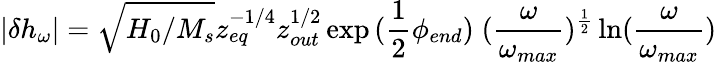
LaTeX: |\delta{h_{\omega}}|=\sqrt{H_{0}/M_{s}}z_{eq}^{-1/4}z_{out}^{1/2}\exp{(\frac{1}{2}\phi_{end})}\; ({\frac{\omega}{\omega_{max}}})^{\frac{1}{2}}\ln({\frac{\omega}{\omega_{max}}})